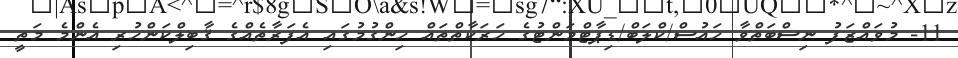
11- މުވައްޒަފު ނިސްބަތްވާ ހައުސް/ކްލަބް/ޑިޕާޓްމަންޓުގެ ހަރަކާތްތައް ހިންގުމުގައި އެފަރާތެއްގެ ޤާބިލްކަންހުރި އެންމެ މަތީ